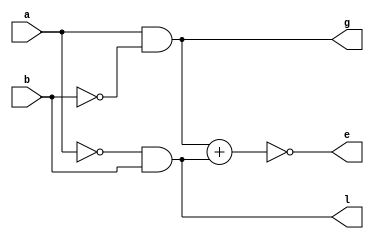
module comparator(input a,b, output g,e,l);
    assign g=a&~b;
    assign l=~a&b;
    assign e=~((a&~b)+(~a&b));
    //xnor(e,a,b);
endmodule